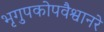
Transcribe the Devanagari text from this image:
भृगुपकोपवैश्वानरे